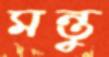
মন্তু